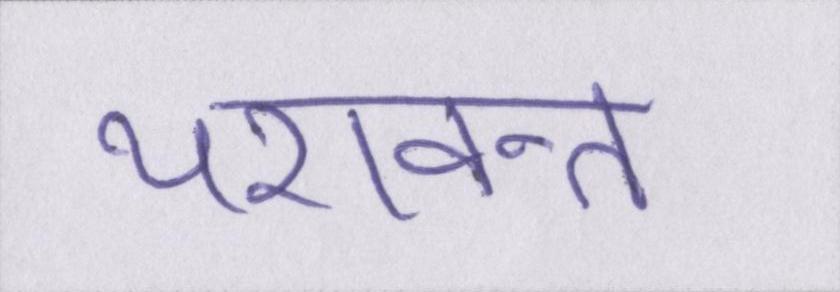
यशवन्त